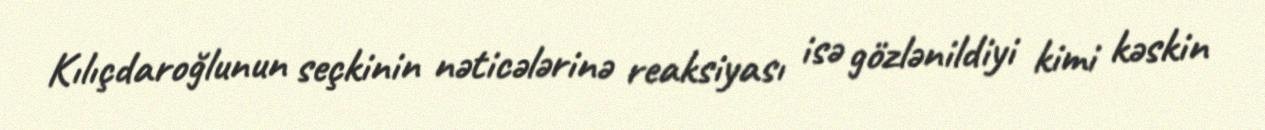
Kılıçdaroğlunun seçkinin nəticələrinə reaksiyası isə gözlənildiyi kimi kəskin